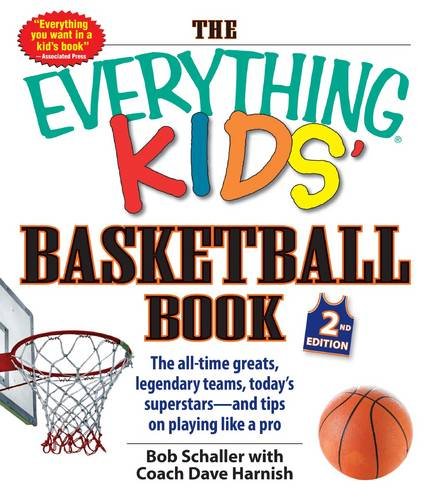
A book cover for The Everything Kids' Basketball Book: The All-time Greats, Legendary Teams, Today's Superstars--and Tips on Playing Like a Pro; Bob Schaller; Children's Books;